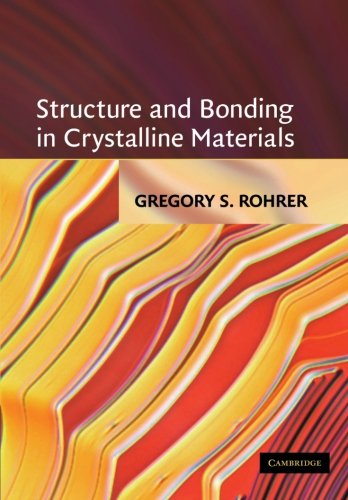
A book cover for Structure and Bonding in Crystalline Materials; Gregory S. Rohrer; Science & Math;